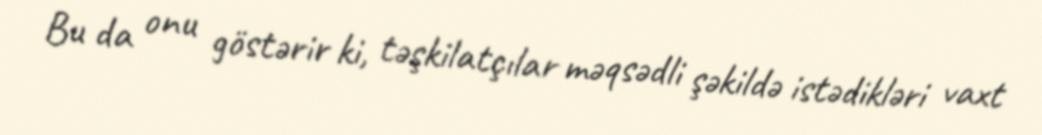
Bu da onu göstərir ki, təşkilatçılar məqsədli şəkildə istədikləri vaxt